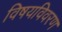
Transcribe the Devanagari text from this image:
विषयविवरण